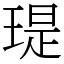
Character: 瑅